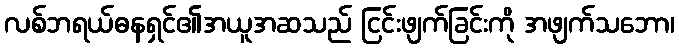
လစ်ဘရယ်ဓနရှင်၏အယူအဆသည် ငြင်းဖျက်ခြင်းကို အဖျက်သဘော၊